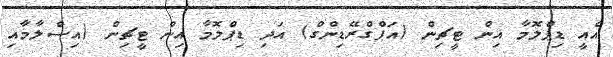
އެއީ ޑިޕްލޮމާ އިން ޓީޗިން (އަޕްގްރޭޑިންގް) އަދި ޑިޕްލޮމާ އިން ޓީޗިން (އިސްލާމާއި